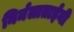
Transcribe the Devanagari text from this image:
निर्मलाताईंनी